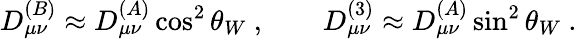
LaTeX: D_{\mu\nu}^{(B)}\approx D_{\mu\nu}^{(A)}\cos^{2}\theta_{W}~,~~~~~~~~D_{\mu\nu}^{(3)}\approx D_{\mu\nu}^{(A)}\sin^{2}\theta_{W}~.